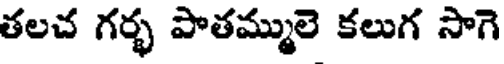
తలచ గర్భ పాతమ్ములె కలుగ సాగె